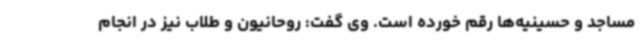
مساجد و حسینیه‌ها رقم خورده است. وی گفت: روحانیون و طلاب نیز در انجام